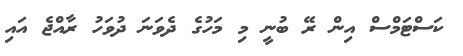
ކަސްޓަމްސް އިން ރޭ ބުނީ މި މަހުގެ ދެވަނަ ދުވަހު ރާއްޖެ އައި